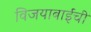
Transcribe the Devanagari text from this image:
विजयाबाईंची